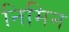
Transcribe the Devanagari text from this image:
निमिन